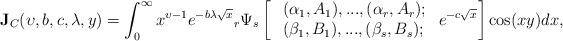
LaTeX: \begin{align*}\textbf{J}_{C}(\upsilon,b,c,\lambda,y)=\int_{0}^{\infty}x^{\upsilon-1}e^{-b\lambda\sqrt{x}}{}_{r}\Psi_{s}\left[\ \begin{array}{lll}(\alpha_{1}, A_{1}),...,(\alpha_{r}, A_{r});\\(\beta_{1}, B_{1}),...,(\beta_{s}, B_{s});~\end{array} e^{-c\sqrt{x}}\right]\cos (xy)dx,\end{align*}